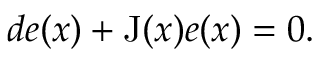
d e ( x ) + \operatorname { J } ( x ) e ( x ) = 0 .